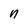
Character: n